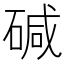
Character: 碱